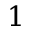
1